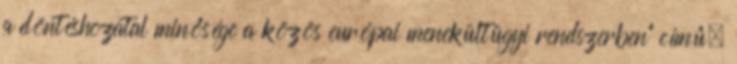
a döntéshozatal minősége a közös európai menekültügyi rendszerben” című,